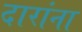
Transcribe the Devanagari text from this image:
दारांना